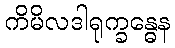
ကိမိလဒါရုက္ခန္ဓေန